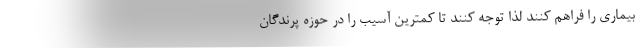
بیماری را فراهم کنند لذا توجه کنند تا کمترین آسیب را در حوزه پرندگان